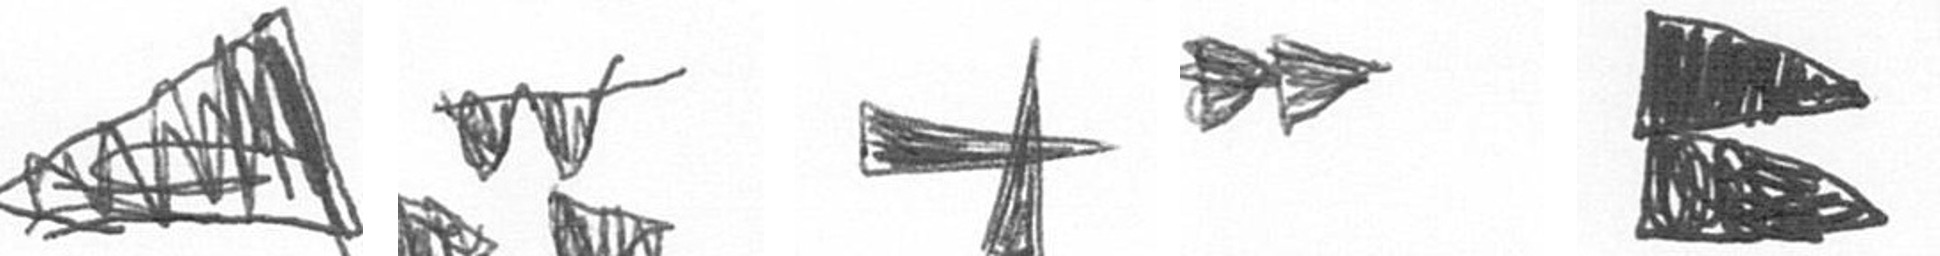
O B G A P